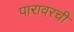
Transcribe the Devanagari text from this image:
पारावरची